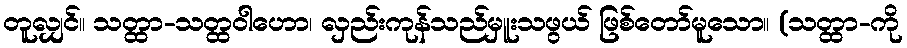
တူလျှင်။ သတ္ထာ-သတ္ထဝါဟော၊ လှည်းကုန်သည်မှူးသဖွယ် ဖြစ်တော်မူသော။ (သတ္ထာ-ကို